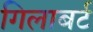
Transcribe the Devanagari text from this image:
गिलाबर्ट